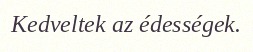
Kedveltek az édességek.